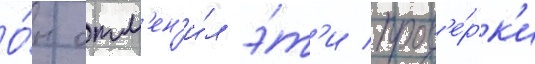
О́н отм'ен'и́л э́т'и пров'е́рк'и